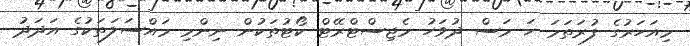
މިއަހަރުގެ ފުރަތަމަ ހަ މަސް ދުވަހު މެޖިސްޓްރޭޓް ކޯޓުތަކުން ނިންމި މައްސަލަތަކުގެ އަދަދު